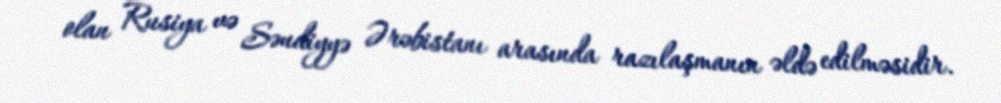
olan Rusiya və Səudiyyə Ərəbistanı arasında razılaşmanın əldə edilməsidir.